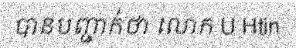
បានបញ្ជាក់ថា លោក U Htin